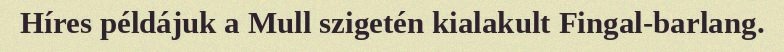
Híres példájuk a Mull szigetén kialakult Fingal-barlang.